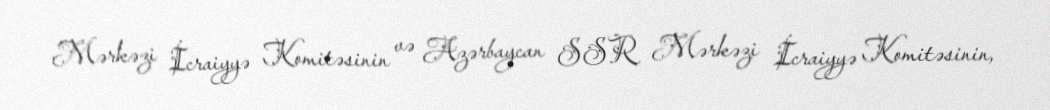
Mərkəzi İcraiyyə Komitəsinin və Azərbaycan SSR Mərkəzi İcraiyyə Komitəsinin,